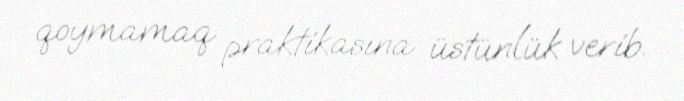
qoymamaq praktikasına üstünlük verib.